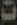
٥